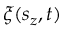
\xi ( s _ { z } , t )